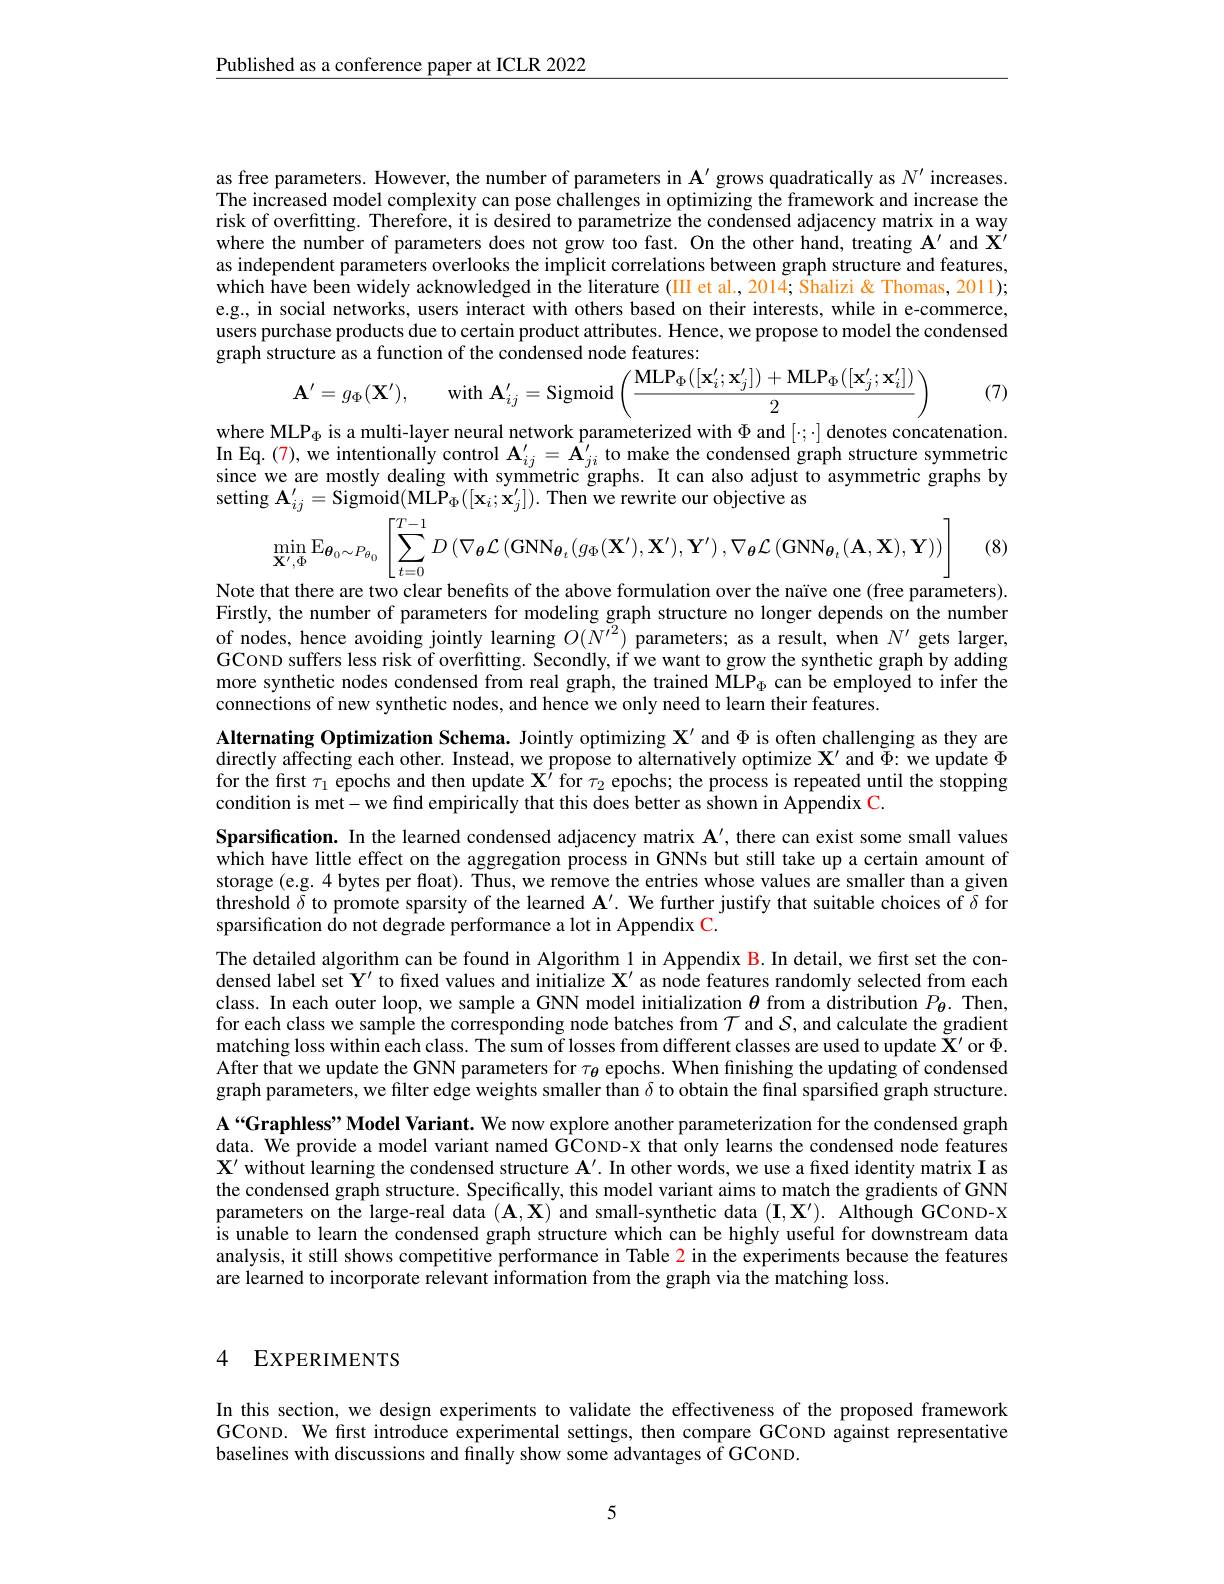
Published as a conference paper at ICLR 2022

as free parameters. However, the number of parameters in $\mathbf{A}^{\prime}$ grows quadratically as $N^{\prime}$ increases The increased model complexity can pose challenges in optimizing the framework and increase the risk of overfitting. Therefore, it is desired to parametrize the condensed adjacency matrix in a way where the number of parameters does not grow too fast. On the other hand, treating $\mathbf{A}^\prime$ and $\mathbf{X}^\prime$ as independent parameters overlooks the implicit correlations between graph structure and features, which have been widely acknowledged in the literature (III et al.,2014; Shalizi& Thomas, 2011); e.g., in social networks, users interact with others based on their interests, while in e-commerce, users purchase products due to certain product attributes. Hence, we propose to model the condensed graph structure as a function of the condensed node features:
$$\mathbf{A}^{\prime}=g_{\Phi}(\mathbf{X}^{\prime}),\quad\mathrm{with~}\mathbf{A}_{ij}^{\prime}=\mathrm{Sigmoid}\left(\frac{\mathrm{MLP}_{\Phi}([\mathbf{x}_{i}^{\prime};\mathbf{x}_{j}^{\prime}])+\mathrm{MLP}_{\Phi}([\mathbf{x}_{j}^{\prime};\mathbf{x}_{i}^{\prime}])}{2}\right)$$
where MLP$_\Phi$ is a multi-layer neural network parameterized with $\Phi$ and $[\cdot;\cdot]$ denotes concatenation.

(7)

In Eq.(7), we intentionally control $\mathbf{A}_{ij}^{\prime}=\tilde{\mathbf{A}}_{ji}^{\prime}$ to make the condensed graph structure symmetric since we are mostly dealing with symmetric graphs. It can also adjust to asymmetric graphs by setting $\mathbf{A}_{ij}^{\prime}=$Sigmoid$(\mathbf{MLP}_\Phi([\mathbf{x}_i;\mathbf{x}_j^{\prime}]).$ Then we rewrite our objective as
$$\operatorname*{min}_{\mathbf{X}^{\prime},\Phi}\mathrm{E}_{\boldsymbol{\theta}_{0}\sim P_{\theta_{0}}}\left[\sum_{t=0}^{T-1}D\left(\nabla_{\boldsymbol{\theta}}\mathcal{L}\left(\mathrm{GNN}_{\boldsymbol{\theta}_{t}}(g_{\Phi}(\mathbf{X}^{\prime}),\mathbf{X}^{\prime}),\mathbf{Y}^{\prime}\right),\nabla_{\boldsymbol{\theta}}\mathcal{L}\left(\mathrm{GNN}_{\boldsymbol{\theta}_{t}}(\mathbf{A},\mathbf{X}),\mathbf{Y}\right)\right)\right]$$
(8)

Note that there are two clear benefits of the above formulation over the naïve one (free parameters). Firstly, the number of parameters for modeling graph structure no longer depends on the number of nodes, hence avoiding jointly learning $O(\tilde{N}^{72})$ parameters; as a result, when $N^\prime$ gets larger, GCoND suffers less risk of overfitting. Secondly, if we want to grow the synthetic graph by adding more synthetic nodes condensed from real graph, the trained MLP$_\mathrm{\Phi}$ can be employed to infer the connections of new synthetic nodes, and hence we only need to learn their features.
Alternating Optimization Schema. Jointly optimizing $\mathbf{X}^\prime$ and $\Phi$ is often challenging as they are directly affecting each other. Instead, we propose to alternatively optimize $\mathbf{X}^\prime$ and $\tilde{\Phi}:$ we update $\Phi$ for the first $\tau_1$ epochs and then update $\mathbf{X}^\prime$ for $\tau_2$ epochs; the process is repeated until the stopping condition is met-we find empirically that this does better as shown in Appendix C.
Sparsification. In the learned condensed adjacency matrix $\mathbf{A}^{\prime}$, there can exist some small values which have little effect on the aggregation process in GNNs but still take up a certain amount of storage (e.g. 4 bytes per float). Thus, we remove the entries whose values are smaller than a given threshold $\delta$ to promote sparsity of the learned A'. We further justify that suitable choices of $\delta$ for sparsification do not degrade performance a lot in Appendix C.
The detailed algorithm can be found in Algorithm 1 in Appendix B. In detail, we first set the condensed label set $\mathbf{Y}^{\prime}$ to fixed values and initialize $\mathbf{X}^{\prime}$ as nôde features randomly selected from each class. In each outer loop, we sample a GNN model initialization $\theta$ from a distribution $P_{\theta}.$ Then, for each class we samplê the corresponding node batches from $\mathcal{T}$ and $\mathcal{S}$,and calculate the gradient matching loss within each class. The sum of losses from different classes are used to update $\mathbf{X}^\prime$ or $\Phi.$ After that we update the GNN parameters for $\tau_\mathrm{\theta}$ epochs. When finishing the updating of condensed graph parameters, we filter edge weights smaller than $\delta$ to obtain the final sparsified graph structure. A“Graphless”Model Variant. We now explore another parameterization for the condensed graph data. We provide a model variant named GCOND-x that only learns the condensed node features $\hat{\mathbf{X}^{\prime}}\hat{\text{without learning the condensed structure A'. In other words, we use a fixed identity matrix I as}}$ the condensed graph structure. Specifically, this model variant aims to match the gradients of GNN parameters on the large-real data $(\mathbf{A},\mathbf{X})$ and small-synthetic data $(\mathbf{I},\mathbf{X}^{\prime}).$ Although GCOND-X is unable to learn the condensed graph structure which can be highly useful for downstream data analysis, it still shows competitive performance in Table 2 in the experiments because the features are learned to incorporate relevant information from the graph via the matching loss.

### 4 EXPERIMENTS

In this section, we design experiments to validate the effectiveness of the proposed framework GCOND. We first introduce experimental settings, then compare GCOND against representative baselines with discussions and finally show some advantages of GCOND.

5